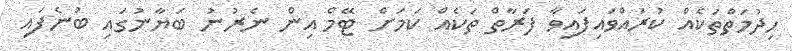
ހިދުމަތްތަކެއް ކުރައްވައިފައިވާ ފަރާތް ތަކެއް ކަަމަށް ޓޭމް އިން ނެރުނު ބަޔާނުގައި ބުނެފައި